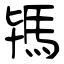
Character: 駂